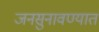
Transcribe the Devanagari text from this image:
जनसुनावण्यात